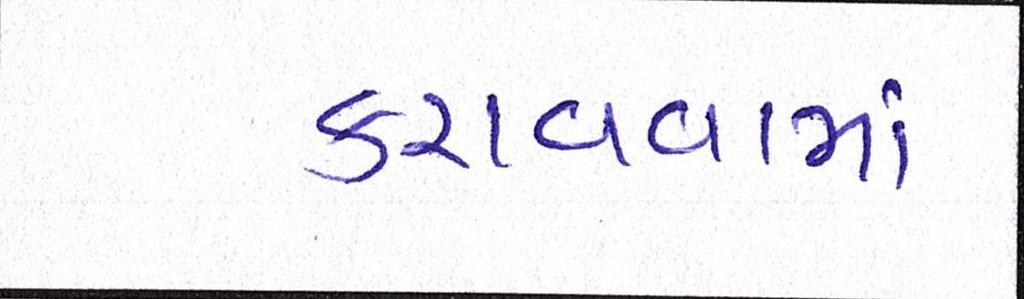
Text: કરાવવામાં